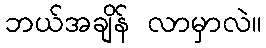
ဘယ်အချိန် လာမှာလဲ။